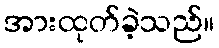
အားထုတ်ခဲ့သည်။